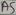
Text: A5